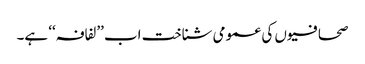
صحافیوں کی عمومی شناخت اب ’’لفافہ‘‘ ہے۔